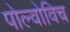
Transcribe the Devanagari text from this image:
पोल्वोविच